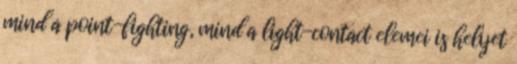
mind a point-fighting, mind a light-contact elemei is helyet